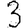
Digit: 3